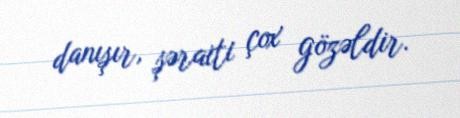
danışır, şəraiti çox gözəldir.